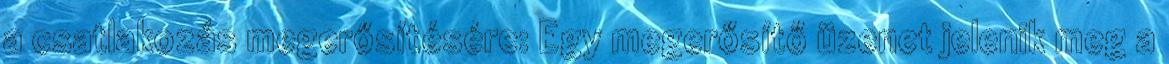
a csatlakozás megerősítésére: Egy megerősítő üzenet jelenik meg a